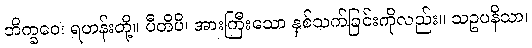
ဘိက္ခဝေ၊ ရဟန်းတို့။ ပီတိပိ၊ အားကြီးသော နှစ်သက်ခြင်းကိုလည်း။ သဥပနိသာ၊